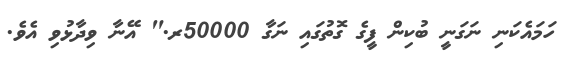
ހަމައެކަނި ނަގަނީ ބުކިން ފީގެ ގޮތުގައި ނަގާ 50000ރ." އޭނާ ވިދާޅުވި އެވެ.